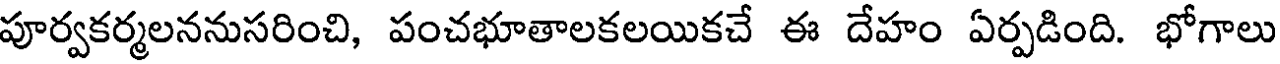
పూర్వకర్మలననుసరించి, పంచభూతాలకలయికచే ఈ దేహం ఏర్పడింది. భోగాలు